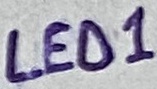
Text: LED1